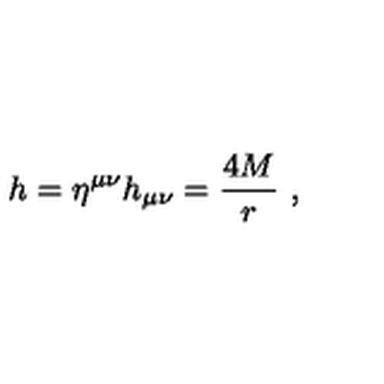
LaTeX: h = \eta ^ { \mu \nu } h _ { \mu \nu } = \frac { 4 M } { r } \ ,